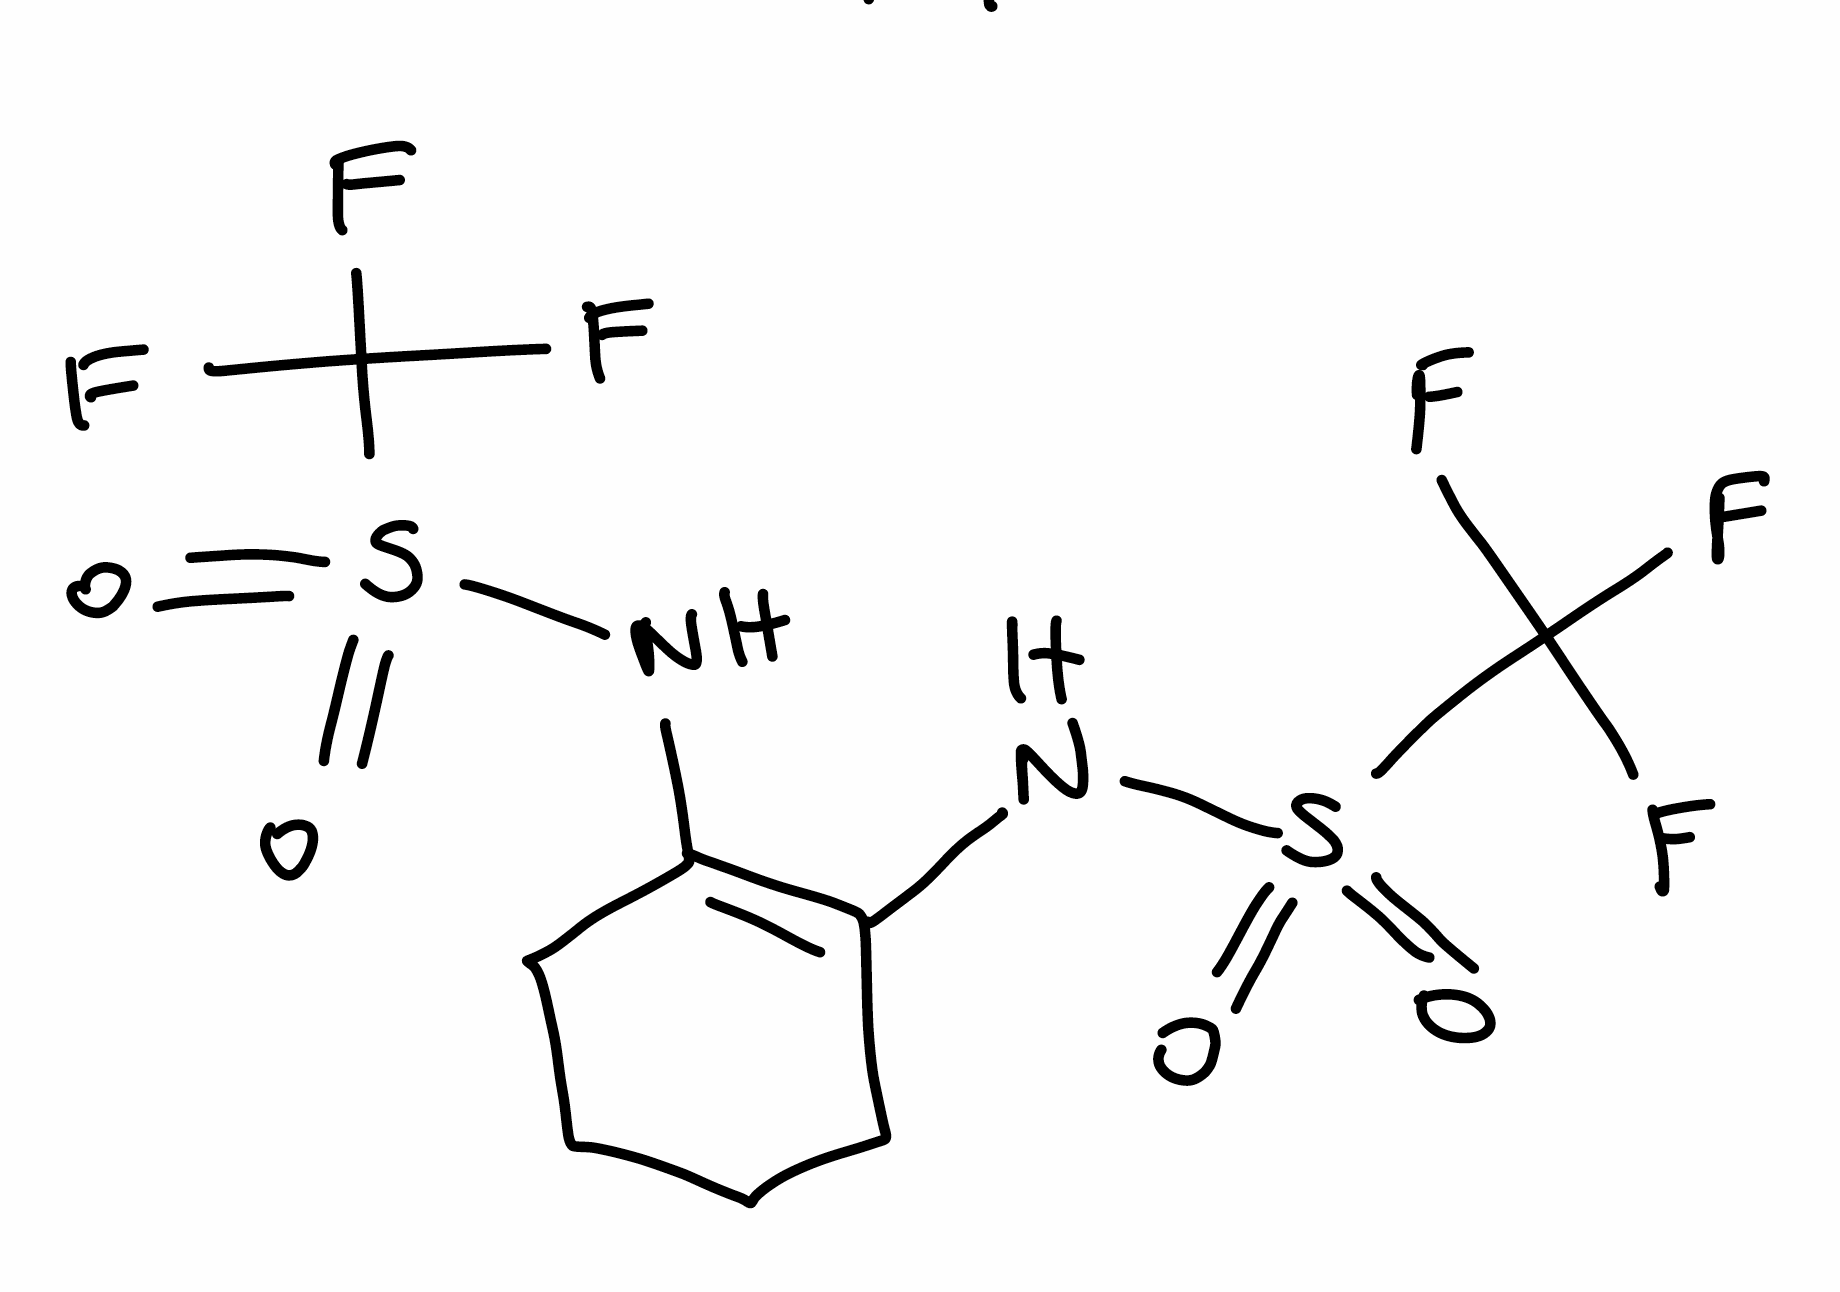
Simplified molecular-input line-entry system (SMILES) notation of the given molecule:
C1CCC(=C(C1)NS(=O)(=O)C(F)(F)F)NS(=O)(=O)C(F)(F)F